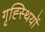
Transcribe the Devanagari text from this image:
गृह्स्थियों